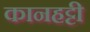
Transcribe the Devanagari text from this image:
कानहट्टी